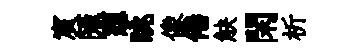
賔匯想眺像倦觖閑析